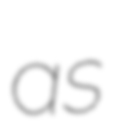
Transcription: as